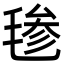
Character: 毶